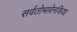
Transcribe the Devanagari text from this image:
सर्वतोभावेनकिया